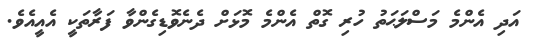
އަދި އެންމެ މަސްލަޙަތު ހުރި ގޮތް އެންމެ މޮޅަށް ދެނެވޮޑިގެންވާ ފަރާތަކީ އެއީއެވެ.